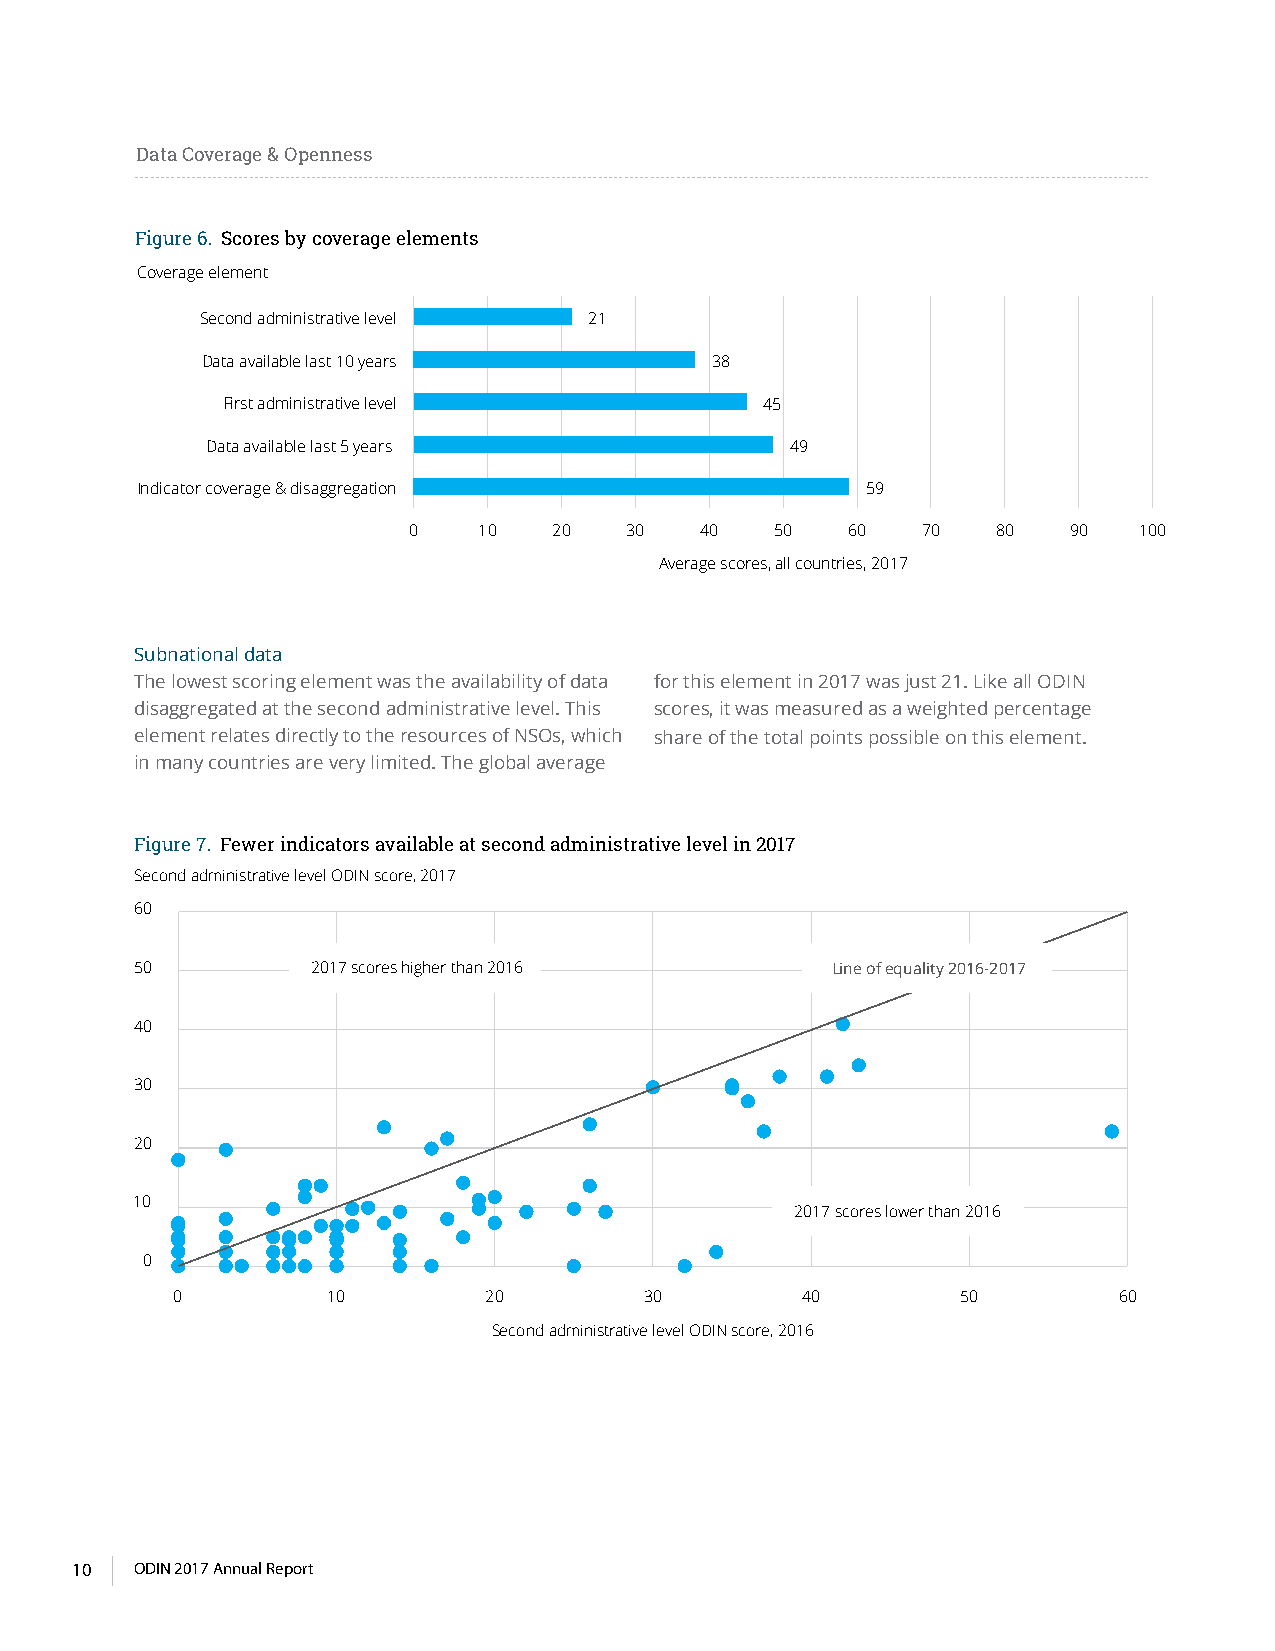
Data Coverage & Openness
 Figure 6. Scores by coverage elements
 Coverage element
 Second administrative level 21
 Data available last 10 years      38
 First administrative level         45
 Data available last 5 years           49
 Indicator coverage & disaggregation             59
 0    10   20  30   40   50   60   70   80   90  100
 Average scores, all countries, 2017
 Subnational data
 The lowest scoring element was the availability of data for this element in 2017 was just 21. Like all ODIN
 disaggregated at the second administrative level. This scores, it was measured as a weighted percentage
 element relates directly to the resources of NSOs, which share of the total points possible on this element.
 in many countries are very limited. The global average
 Figure 7. Fewer indicators available at second administrative level in 2017
 Second administrative level ODIN score, 2017
 60
 50          2017 scores higher than 2016      Line of equality 2016-2017
 40
 30
 20
 10
 2017 scores lower than 2016
 0
 0          10        20         30        40         50        60
 Second administrative level ODIN score, 2016
 10  ODIN 2017 Annual Report